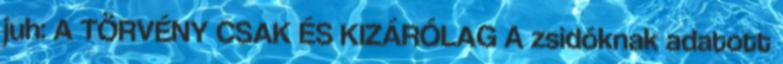
juh: A TÖRVÉNY CSAK ÉS KIZÁRÓLAG A zsidóknak adatott